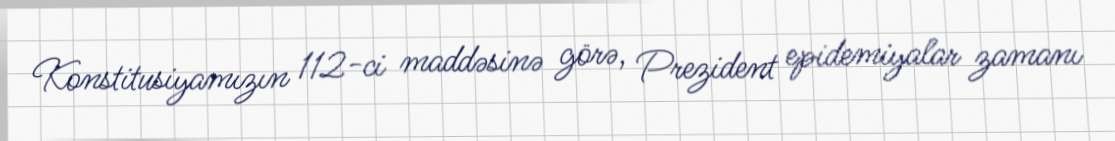
Konstitusiyamızın 112-ci maddəsinə görə, Prezident epidemiyalar zamanı